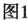
图1